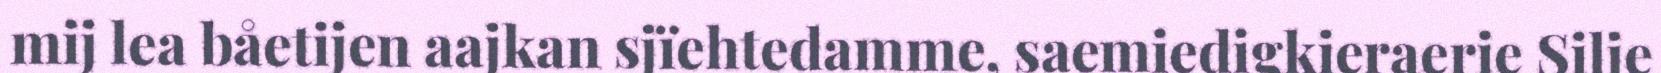
mij lea båetijen aajkan sjïehtedamme, saemiedigkieraerie Silje